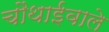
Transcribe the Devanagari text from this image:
चौथाईवाले